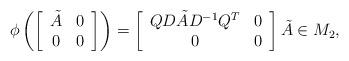
LaTeX: \begin{align*}\phi\left(\left[\begin{array}{cc} \tilde A & 0 \\0 & 0 \end{array} \right]\right) = \left[\begin{array}{cc} QD \tilde A D^{-1} Q^T & 0 \\0 & 0 \end{array}\right] \tilde A \in M_2,\end{align*}